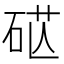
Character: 𥒴